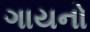
ગાયનો